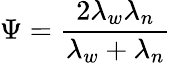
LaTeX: \Psi=\frac{2\lambda_{w}\lambda_{n}}{\lambda_{w}+\lambda_{n}}